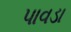
પાવડા